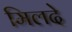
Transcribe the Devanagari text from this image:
मिलदे